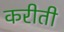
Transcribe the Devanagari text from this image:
करीती